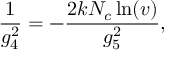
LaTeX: \frac { 1 } { g _ { 4 } ^ { 2 } } = - \frac { 2 k N _ { c } \ln ( v ) } { g _ { 5 } ^ { 2 } } ,